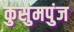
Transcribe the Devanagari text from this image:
कुसुमपुंज